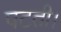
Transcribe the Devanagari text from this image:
पटती।